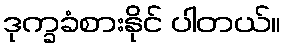
ဒုက္ခခံစားနိုင် ပါတယ်။